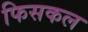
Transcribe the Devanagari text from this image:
फिसकल